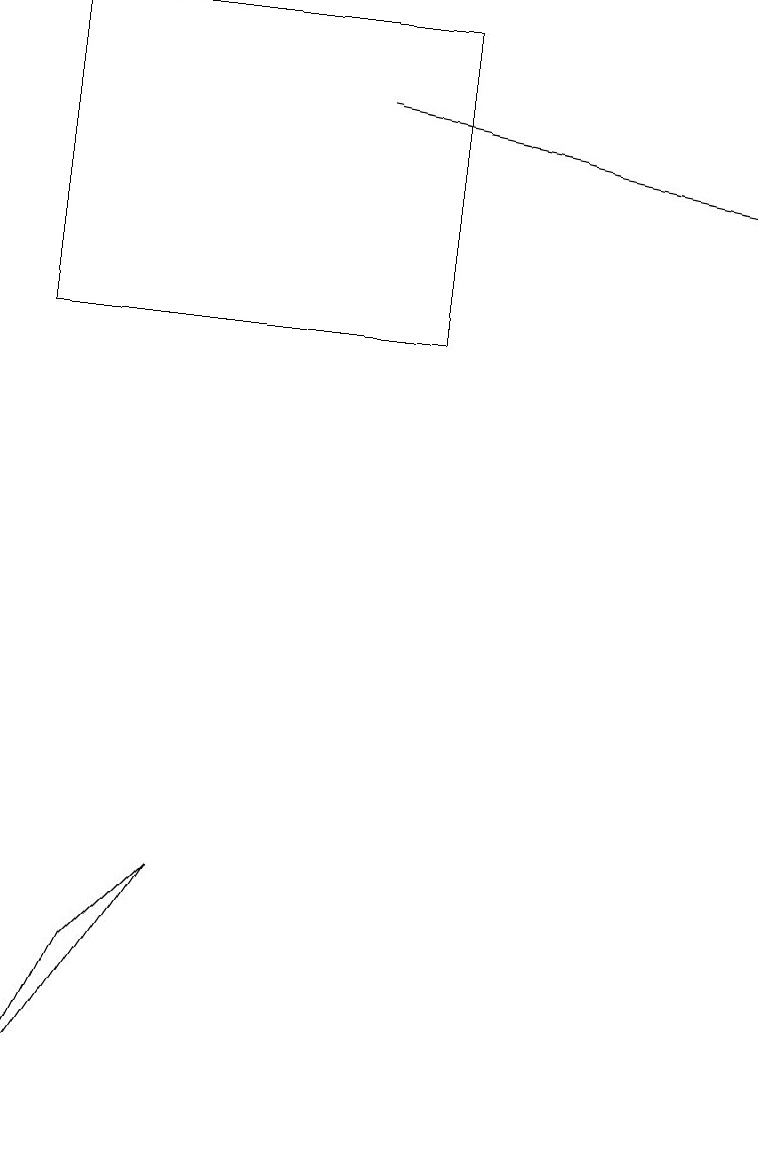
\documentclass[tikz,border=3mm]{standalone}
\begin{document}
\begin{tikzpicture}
\draw (2,7) -- (1,6) -- (0,4) -- cycle;
\draw (0,18) rectangle (5,14);
\draw[->] (4,17) -- (9,16);
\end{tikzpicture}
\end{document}